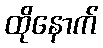
ထိုနောက်